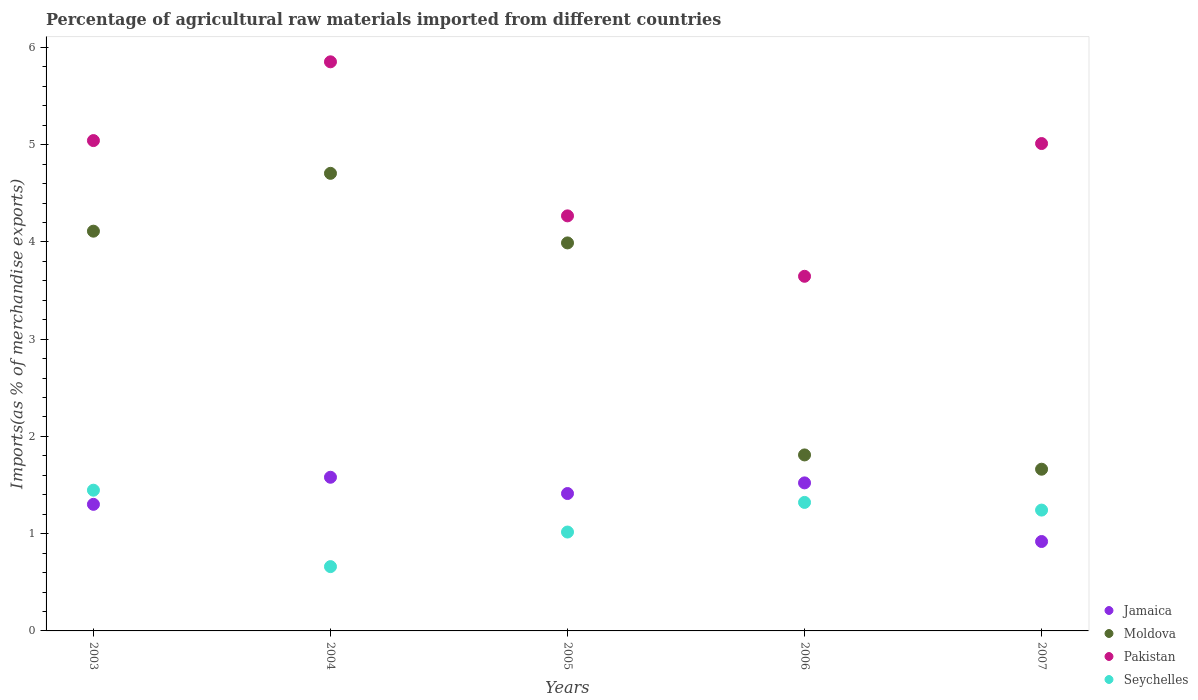
| Years | Jamaica | Moldova | Pakistan | Seychelles |
 | --- | --- | --- | --- | --- |
 | 2003 | 1.3 | 4.11 | 5.04 | 1.45 |
 | 2004 | 1.58 | 4.71 | 5.85 | 0.661 |
 | 2005 | 1.41 | 3.99 | 4.27 | 1.02 |
 | 2006 | 1.52 | 1.81 | 3.65 | 1.32 |
 | 2007 | 0.919 | 1.66 | 5.01 | 1.24 |